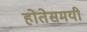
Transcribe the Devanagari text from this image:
होतेसमयी